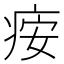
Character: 𬏪